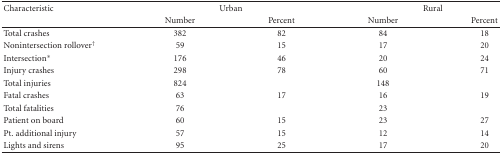
<table><thead><tr><td><b>Characteristic</b></td><td colspan="2"><b>Urban</b></td><td colspan="2"><b>Rural</b></td></tr><tr><td></td><td><b>Number</b></td><td><b>Percent</b></td><td><b>Number</b></td><td><b>Percent</b></td></tr></thead><tbody><tr><td>Total crashes</td><td>382</td><td>82</td><td>84</td><td>18</td></tr><tr><td>Nonintersection rollover<sup>†</sup></td><td>59</td><td>15</td><td>17</td><td>20</td></tr><tr><td>Intersection*</td><td>176</td><td>46</td><td>20</td><td>24</td></tr><tr><td>Injury crashes</td><td>298</td><td>78</td><td>60</td><td>71</td></tr><tr><td>Total injuries</td><td>824</td><td></td><td>148</td><td></td></tr><tr><td>Fatal crashes</td><td>63</td><td>17</td><td>16</td><td>19</td></tr><tr><td>Total fatalities</td><td>76</td><td></td><td>23</td><td></td></tr><tr><td>Patient on board</td><td>60</td><td>15</td><td>23</td><td>27</td></tr><tr><td>Pt. additional injury</td><td>57</td><td>15</td><td>12</td><td>14</td></tr><tr><td>Lights and sirens</td><td>95</td><td>25</td><td>17</td><td>20</td></tr></tbody></table>